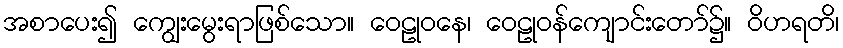
အစာပေး၍ ကျွေးမွေးရာဖြစ်သော။ ဝေဠုဝနေ၊ ဝေဠုဝန်ကျောင်းတော်၌။ ဝိဟရတိ၊